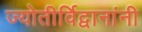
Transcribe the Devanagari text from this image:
ज्योतीर्विद्वानांनी